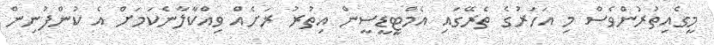
މީގެއިތުރުންވެސް މި އަހަރުގެ ތެރޭގައި އެމްޓީޑީސީން އިތުރު ރަށެއް ވިއްކާލާނެކަމަށް އެ ކުންފުނިން